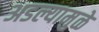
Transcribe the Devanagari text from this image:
अडल्यामुळे